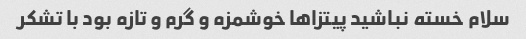
سلام خسته نباشید پیتزاها خوشمزه و گرم و تازه بود با تشکر